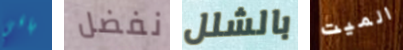
باقي نفضل بالشلل الميت